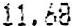
11.68